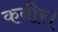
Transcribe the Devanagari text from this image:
कबीर।